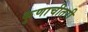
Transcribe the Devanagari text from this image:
कुणाचीतरी